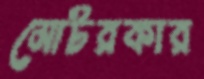
মোটরকার